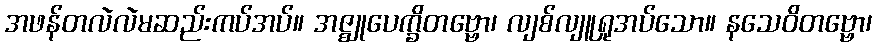
အဖန်တလဲလဲမဆည်းကပ်အပ်။ အဇ္ဈုပေက္ခိတဗ္ဗော၊ လျစ်လျူရှုအပ်သော။ နသေဝိတဗ္ဗော၊